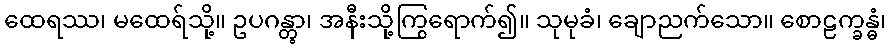
ထေရဿ၊ မထေရ်သို့။ ဥပဂန္တွာ၊ အနီးသို့ကြွရောက်၍။ သုမုခံ၊ ချောညက်သော။ စောဠက္ခန္ဓံ၊